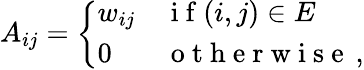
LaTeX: A_{ij}=\left\{ \begin{array}{ll}{w_{ij}}&{\mathrm{~i~f~}(i,j)\in E}\\ {0}&{\mathrm{~o~t~h~e~r~w~i~s~e~}\, ,}\end{array}\right.